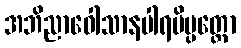
အဘိညာဝေါသာနပါရမိပ္ပတ္တော